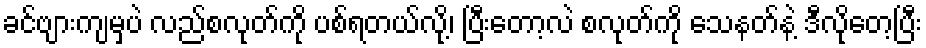
ခင်ဗျားကျမှပဲ လည်စလုတ်ကို ပစ်ရတယ်လို့၊ ပြီးတော့လဲ စလုတ်ကို သေနတ်နဲ့ ဒီလိုတေ့ပြီး